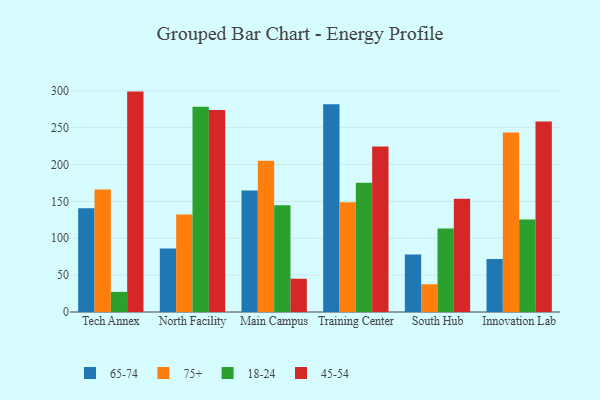
{"axis": {"x": "Campus", "y": "Demand Index"}, "legend": ["18-24", "45-54", "65-74", "75+"], "data": [{"x": "Tech Annex", "y": 140.8, "type": "65-74"}, {"x": "Tech Annex", "y": 166.1, "type": "75+"}, {"x": "Tech Annex", "y": 27.3, "type": "18-24"}, {"x": "Tech Annex", "y": 298.9, "type": "45-54"}, {"x": "North Facility", "y": 86.2, "type": "65-74"}, {"x": "North Facility", "y": 132.1, "type": "75+"}, {"x": "North Facility", "y": 278.2, "type": "18-24"}, {"x": "North Facility", "y": 273.9, "type": "45-54"}, {"x": "Main Campus", "y": 164.9, "type": "65-74"}, {"x": "Main Campus", "y": 205.0, "type": "75+"}, {"x": "Main Campus", "y": 144.9, "type": "18-24"}, {"x": "Main Campus", "y": 45.1, "type": "45-54"}, {"x": "Training Center", "y": 281.6, "type": "65-74"}, {"x": "Training Center", "y": 148.7, "type": "75+"}, {"x": "Training Center", "y": 175.4, "type": "18-24"}, {"x": "Training Center", "y": 224.3, "type": "45-54"}, {"x": "South Hub", "y": 78.0, "type": "65-74"}, {"x": "South Hub", "y": 37.6, "type": "75+"}, {"x": "South Hub", "y": 113.4, "type": "18-24"}, {"x": "South Hub", "y": 153.7, "type": "45-54"}, {"x": "Innovation Lab", "y": 72.0, "type": "65-74"}, {"x": "Innovation Lab", "y": 243.5, "type": "75+"}, {"x": "Innovation Lab", "y": 125.3, "type": "18-24"}, {"x": "Innovation Lab", "y": 258.2, "type": "45-54"}]}